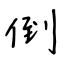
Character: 倒